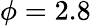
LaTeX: \phi=2.8